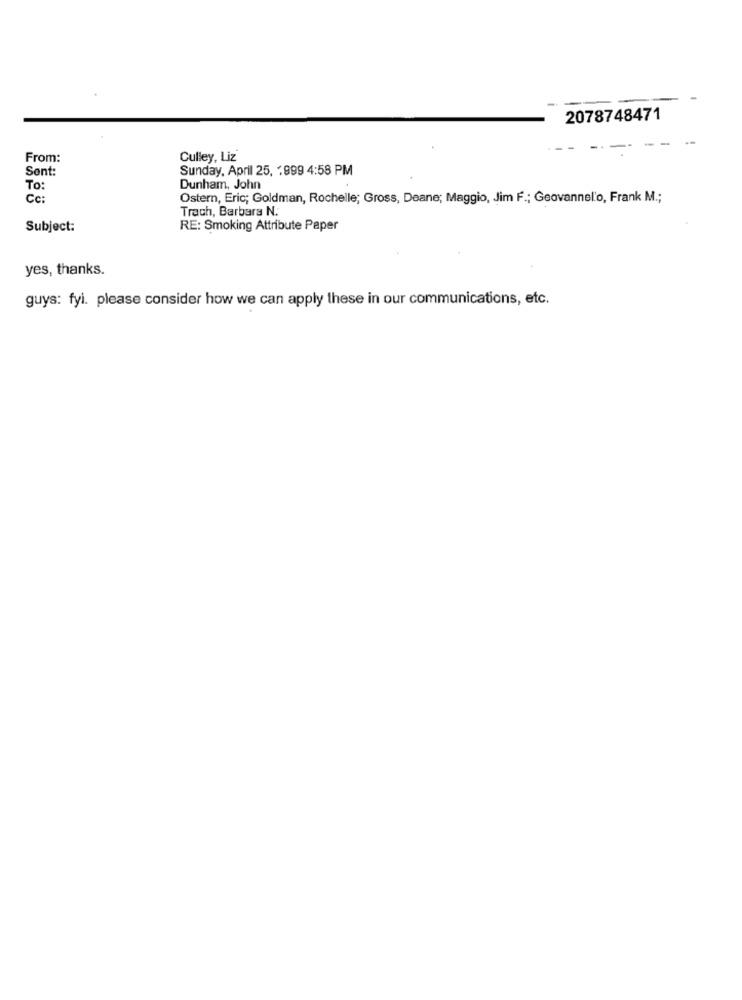
2078748471
From:
Culley, Liz
Sont:
Sunday, April 25, . 999 4:58 PM
To:
Dunham, John
Cc:
Ostern, Eric; Goldman, Rochelle; Gross, Deane; Maggio, Jim F .; Geovannel'o, Frank M .;
Trach, Barbara N.
Subject:
RE: Smoking Attribute Paper
yes, thanks.
guys: fyi. please consider how we can apply these in our communications, etc.